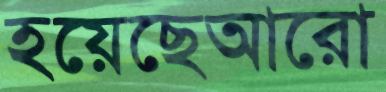
হয়েছেআরো